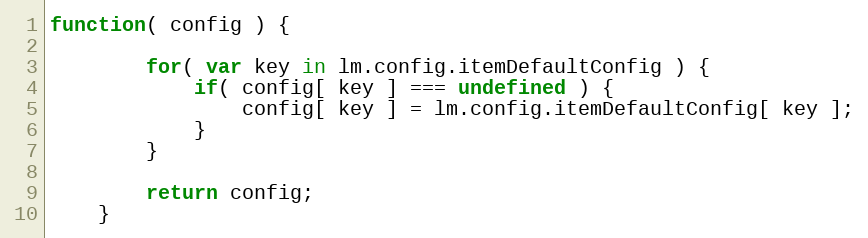
Language: JavaScript
function( config ) {

		for( var key in lm.config.itemDefaultConfig ) {
			if( config[ key ] === undefined ) {
				config[ key ] = lm.config.itemDefaultConfig[ key ];
			}
		}

		return config;
	}